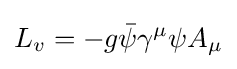
L_{v}=-g{\bar {\psi }}\gamma ^{\mu }\psi A_{\mu }